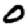
Digit: 0